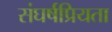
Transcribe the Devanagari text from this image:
संघर्षप्रियता